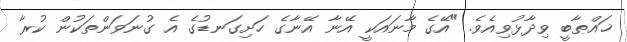
ޚައްޠާބީ ވިދާޅުވިއެވެ. "އޭގެ މާނައަކީ އޭނާ އޭނާގެ ހަށިގަނޑުގެ އެ ގުނަވަންތަކުން ކުރާ